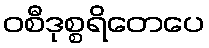
ဝစီဒုစ္စရိတေပေ